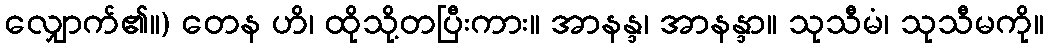
လျှောက်၏။) တေန ဟိ၊ ထိုသို့တပြီးကား။ အာနန္ဒ၊ အာနန္ဒာ။ သုသီမံ၊ သုသီမကို။